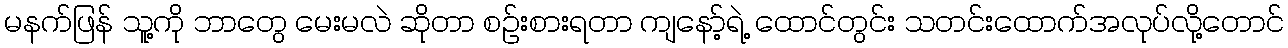
မနက်ဖြန် သူ့ကို ဘာတွေ မေးမလဲ ဆိုတာ စဉ်းစားရတာ ကျနော့်ရဲ့ ထောင်တွင်း သတင်းထောက်အလုပ်လို့တောင်